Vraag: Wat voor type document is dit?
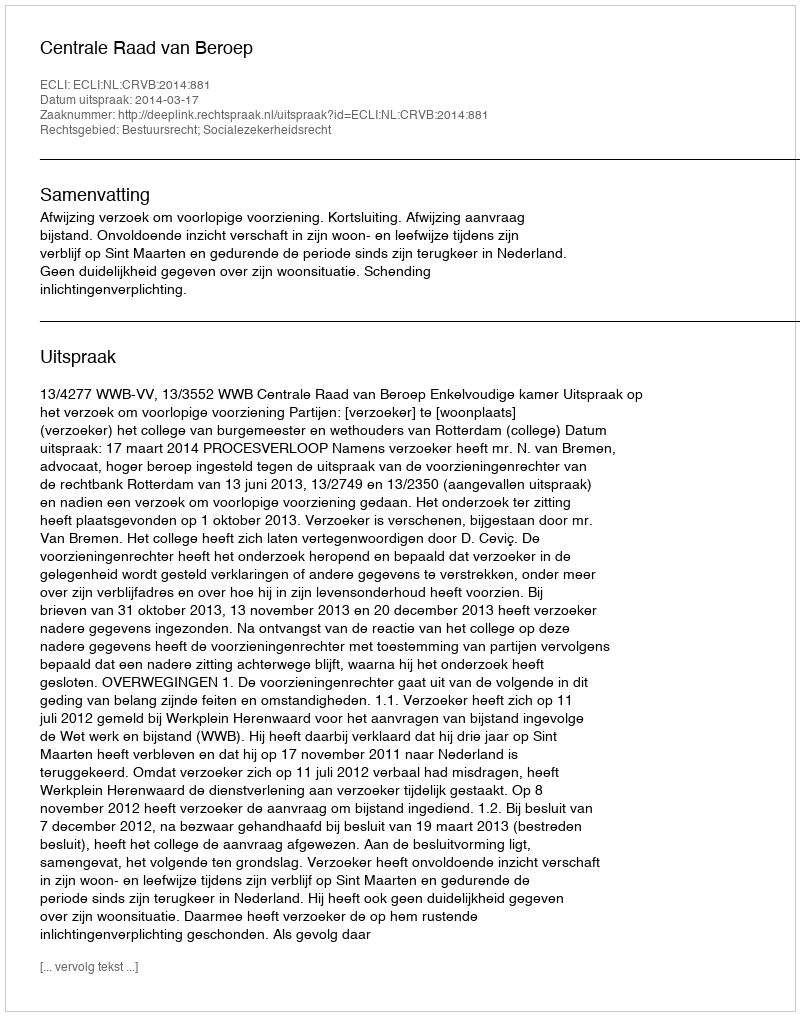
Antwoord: Uitspraak